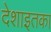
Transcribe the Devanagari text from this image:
देशाइतका